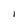
Character: I